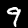
Digit: 9